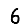
Digit: 6